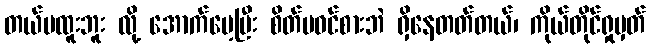
တယ်မထူးဘူး လို့ အောက်မေ့ပြီး စိတ်မဝင်စားဘဲ ရှိနေတတ်တယ်၊ ကိုယ်တိုင်ရှုမှတ်